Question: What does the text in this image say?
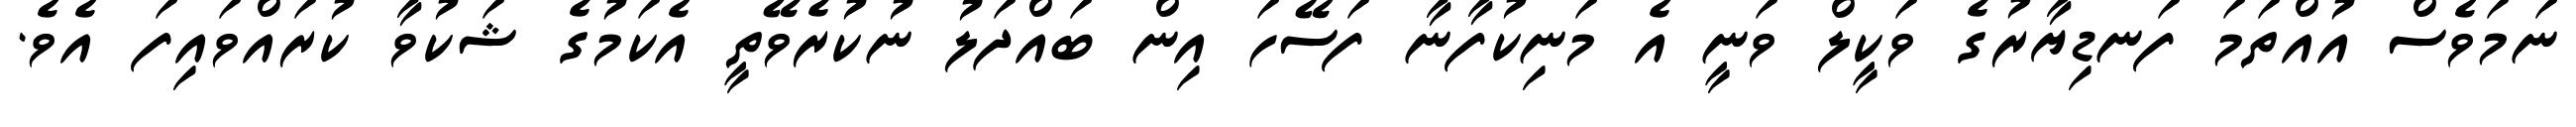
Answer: ނަމަވެސް އުއްތަމަ ފަނޑިޔާރުގެ ވަކީލް ވަނީ އެ މަނިކުފާނާ ފަސޭހަ އިން ބައްދަލު ނުކުރެވޭތީ އެކަމުގެ ޝަކުވާ ކުރައްވައިފަ އެވެ.